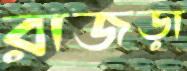
রাজড়া